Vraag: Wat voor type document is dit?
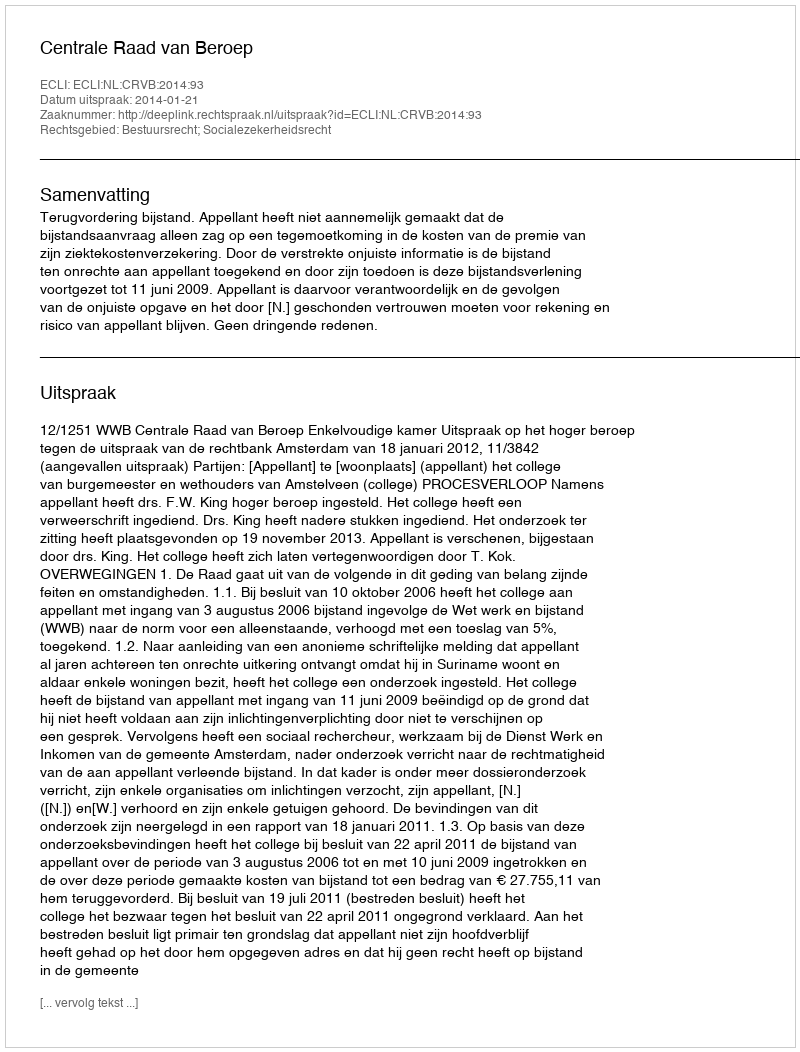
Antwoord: Uitspraak